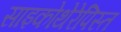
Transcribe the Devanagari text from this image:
साइकोथेरेपिस्त